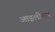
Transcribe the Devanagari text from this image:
आइलीयन